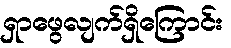
ရှာဖွေလျက်ရှိကြောင်း